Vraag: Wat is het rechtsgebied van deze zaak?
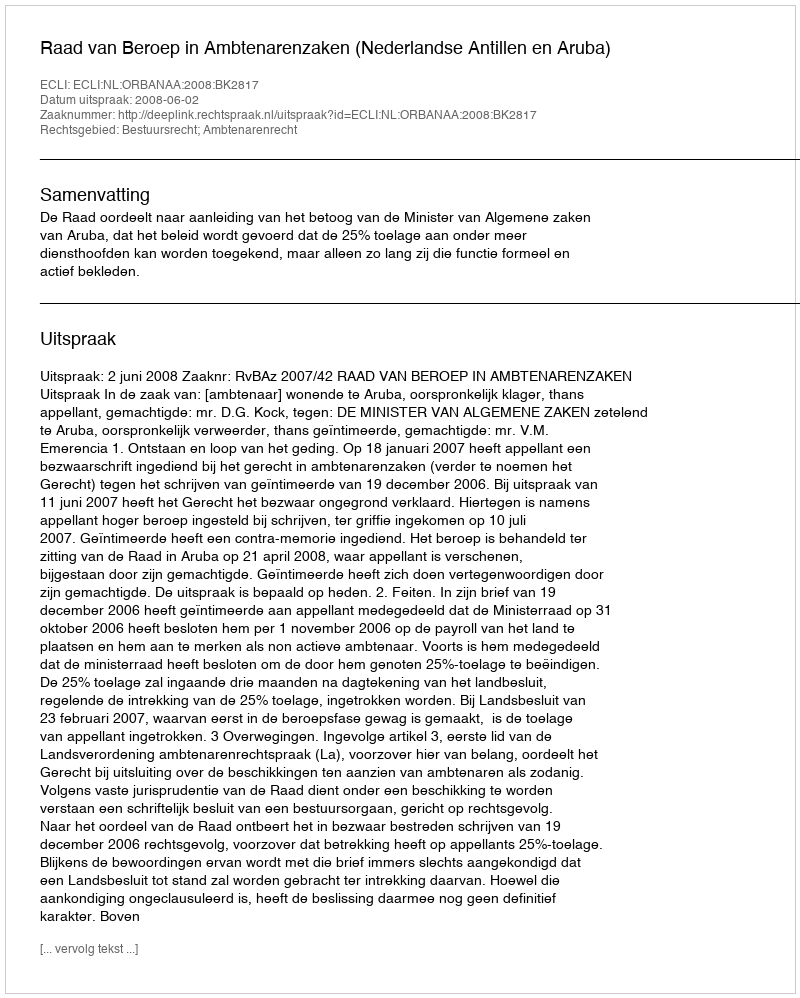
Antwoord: Bestuursrecht; Ambtenarenrecht